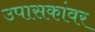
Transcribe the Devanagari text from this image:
उपासकांवर